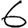
Digit: 6